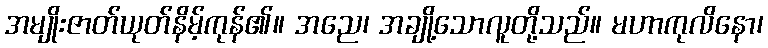
အမျိုးဇာတ်ယုတ်နိမ့်ကုန်၏။ အညေ၊ အချို့သောလူတို့သည်။ မဟာကုလိနော၊